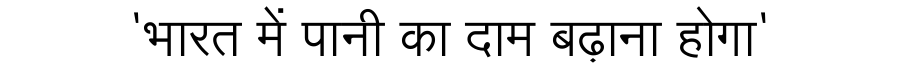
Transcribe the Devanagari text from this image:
'भारत में पानी का दाम बढ़ाना होगा'